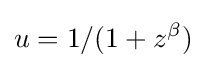
u=1/(1+z^{\beta })